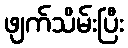
ဖျက်သိမ်းပြီး